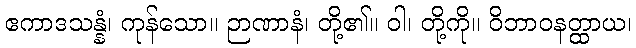
ဧကာဒသန္နံ၊ ကုန်သော။ ဉာဏာနံ၊ တို့၏။ ဝါ၊ တို့ကို။ ဝိဘာဝနတ္ထာယ၊